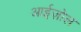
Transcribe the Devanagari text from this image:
आईज़ोल